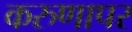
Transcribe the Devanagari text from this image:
करुणापर